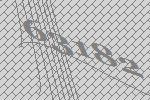
63182